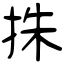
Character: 㧣